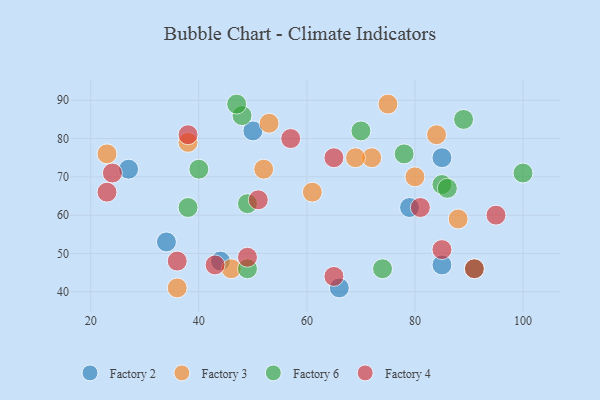
{"axis": {"x": "GDP", "y": "Life Expectancy"}, "legend": ["Factory 2", "Factory 3", "Factory 4", "Factory 6"], "data": [{"x": "79", "y": 62, "type": "Factory 2"}, {"x": "50", "y": 82, "type": "Factory 2"}, {"x": "85", "y": 75, "type": "Factory 2"}, {"x": "27", "y": 72, "type": "Factory 2"}, {"x": "66", "y": 41, "type": "Factory 2"}, {"x": "44", "y": 48, "type": "Factory 2"}, {"x": "34", "y": 53, "type": "Factory 2"}, {"x": "85", "y": 47, "type": "Factory 2"}, {"x": "23", "y": 76, "type": "Factory 3"}, {"x": "46", "y": 46, "type": "Factory 3"}, {"x": "75", "y": 89, "type": "Factory 3"}, {"x": "38", "y": 79, "type": "Factory 3"}, {"x": "36", "y": 41, "type": "Factory 3"}, {"x": "84", "y": 81, "type": "Factory 3"}, {"x": "72", "y": 75, "type": "Factory 3"}, {"x": "80", "y": 70, "type": "Factory 3"}, {"x": "88", "y": 59, "type": "Factory 3"}, {"x": "53", "y": 84, "type": "Factory 3"}, {"x": "69", "y": 75, "type": "Factory 3"}, {"x": "61", "y": 66, "type": "Factory 3"}, {"x": "52", "y": 72, "type": "Factory 3"}, {"x": "49", "y": 63, "type": "Factory 6"}, {"x": "85", "y": 68, "type": "Factory 6"}, {"x": "86", "y": 67, "type": "Factory 6"}, {"x": "40", "y": 72, "type": "Factory 6"}, {"x": "49", "y": 46, "type": "Factory 6"}, {"x": "48", "y": 86, "type": "Factory 6"}, {"x": "47", "y": 89, "type": "Factory 6"}, {"x": "74", "y": 46, "type": "Factory 6"}, {"x": "38", "y": 62, "type": "Factory 6"}, {"x": "91", "y": 46, "type": "Factory 6"}, {"x": "78", "y": 76, "type": "Factory 6"}, {"x": "89", "y": 85, "type": "Factory 6"}, {"x": "100", "y": 71, "type": "Factory 6"}, {"x": "70", "y": 82, "type": "Factory 6"}, {"x": "38", "y": 81, "type": "Factory 4"}, {"x": "23", "y": 66, "type": "Factory 4"}, {"x": "95", "y": 60, "type": "Factory 4"}, {"x": "49", "y": 49, "type": "Factory 4"}, {"x": "36", "y": 48, "type": "Factory 4"}, {"x": "81", "y": 62, "type": "Factory 4"}, {"x": "57", "y": 80, "type": "Factory 4"}, {"x": "65", "y": 44, "type": "Factory 4"}, {"x": "24", "y": 71, "type": "Factory 4"}, {"x": "65", "y": 75, "type": "Factory 4"}, {"x": "91", "y": 46, "type": "Factory 4"}, {"x": "51", "y": 64, "type": "Factory 4"}, {"x": "43", "y": 47, "type": "Factory 4"}, {"x": "85", "y": 51, "type": "Factory 4"}]}